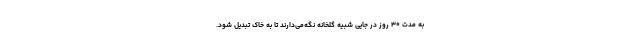
به مدت ۳۰ روز در جایی شبیه گلخانه نگه‌می‌دارند تا به خاک تبدیل شود.